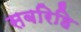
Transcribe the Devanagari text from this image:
सबरिहि